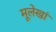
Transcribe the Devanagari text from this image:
मूलेखां